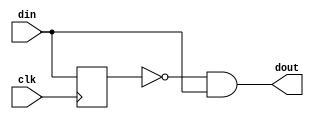
module EDGE_TO_PULSE #(parameter DATA_WIDTH = 1, parameter EDGE_TYPE = 1)
(
	input clk,
	input [DATA_WIDTH - 1:0] din,
	output [DATA_WIDTH - 1:0] dout
);

// EDGE_TYPE ==  0 : negative-edge (1->0), 1 : positive-edge (0->1)

reg  [DATA_WIDTH - 1:0]   prev_din2;
wire [DATA_WIDTH - 1:0]   din2 = (EDGE_TYPE == 1) ? din : ~din;
always @ (posedge clk) 
	prev_din2 <= din2;

assign dout = ~prev_din2 & din2;

endmodule